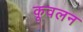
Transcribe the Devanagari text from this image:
कूवलन